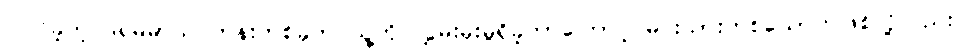
ပါဝင်ခဲ့တဲ့ ဒရမ်မာသင်တန်းတစ်ခုက သူ့ကို လွှမ်းမိုးမှုရှိခဲ့တာကြောင့် မင်းသားတစ်ယောက်ဖြစ်လို့လည်း